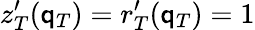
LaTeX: z_{T}^{\prime}(\mathsf{q}_{T})=r_{T}^{\prime}(\mathsf{q}_{T})=1